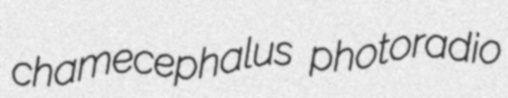
chamecephalus photoradio